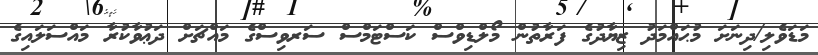
މަޑަވެލި/ދިނަށަ މުޙައްމަދު ޒިޔާދުގެ ފަރާތުން މޯލްޑިވްސް ކަސްޓަމްސް ސަރވިސްގެ މައްޗަށް ދަޢުވާކުރާ މައްސަލައިގެ